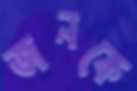
জনকে